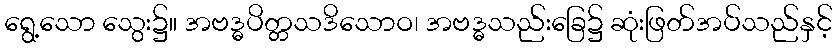
ရွေ့သော သွေး၌။ အဗဒ္ဓပိတ္တသဒိသောဝ၊ အဗဒ္ဓသည်းခြေ၌ ဆုံးဖြတ်အပ်သည်နှင့်